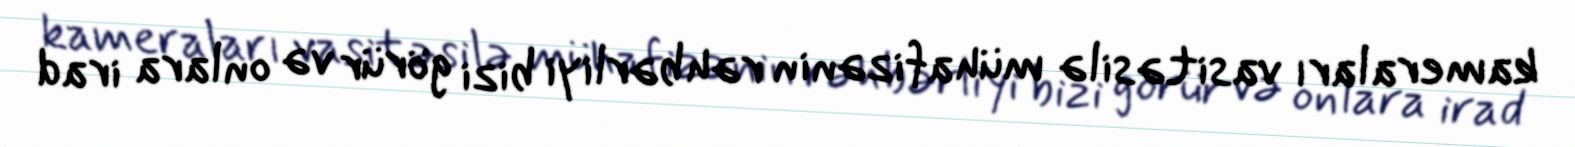
kameraları vasitəsilə mühafizənin rəhbərliyi bizi görür və onlara irad